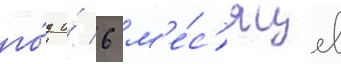
го́д и́ 6 м'е́с'яцев